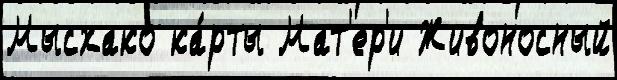
Мысхако ка́рты Мат'ер'и Живоносный